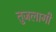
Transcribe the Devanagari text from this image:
तुजलागी